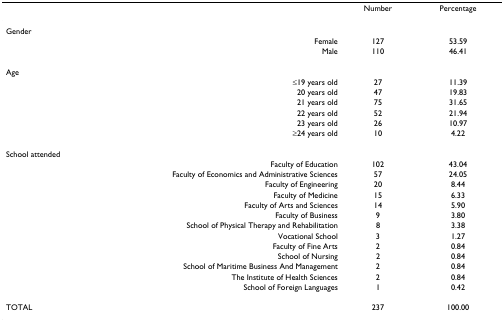
<table><thead><tr><td></td><td><b>Number</b></td><td><b>Percentage</b></td></tr></thead><tbody><tr><td>Gender</td><td></td><td></td></tr><tr><td>Female</td><td>127</td><td>53.59</td></tr><tr><td>Male</td><td>110</td><td>46.41</td></tr><tr><td>Age</td><td></td><td></td></tr><tr><td>≤19 years old</td><td>27</td><td>11.39</td></tr><tr><td>20 years old</td><td>47</td><td>19.83</td></tr><tr><td>21 years old</td><td>75</td><td>31.65</td></tr><tr><td>22 years old</td><td>52</td><td>21.94</td></tr><tr><td>23 years old</td><td>26</td><td>10.97</td></tr><tr><td>≥24 years old</td><td>10</td><td>4.22</td></tr><tr><td>School attended</td><td></td><td></td></tr><tr><td>Faculty of Education</td><td>102</td><td>43.04</td></tr><tr><td>Faculty of Economics and Administrative Sciences</td><td>57</td><td>24.05</td></tr><tr><td>Faculty of Engineering</td><td>20</td><td>8.44</td></tr><tr><td>Faculty of Medicine</td><td>15</td><td>6.33</td></tr><tr><td>Faculty of Arts and Sciences</td><td>14</td><td>5.90</td></tr><tr><td>Faculty of Business</td><td>9</td><td>3.80</td></tr><tr><td>School of Physical Therapy and Rehabilitation</td><td>8</td><td>3.38</td></tr><tr><td>Vocational School</td><td>3</td><td>1.27</td></tr><tr><td>Faculty of Fine Arts</td><td>2</td><td>0.84</td></tr><tr><td>School of Nursing</td><td>2</td><td>0.84</td></tr><tr><td>School of Maritime Business And Management</td><td>2</td><td>0.84</td></tr><tr><td>The Institute of Health Sciences</td><td>2</td><td>0.84</td></tr><tr><td>School of Foreign Languages</td><td>1</td><td>0.42</td></tr><tr><td>TOTAL</td><td>237</td><td>100.00</td></tr></tbody></table>